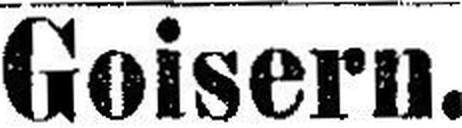
Goisern.